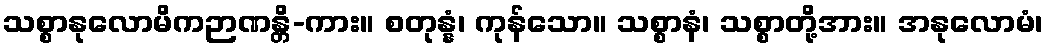
သစ္စာနုလောမိကဉာဏန္တိ-ကား။ စတုန္နံ၊ ကုန်သော။ သစ္စာနံ၊ သစ္စာတို့အား။ အနုလောမံ၊